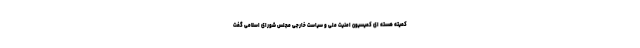
کمیته هسته ای کمیسیون امنیت ملی و سیاست خارجی مجلس شورای اسلامی گفت